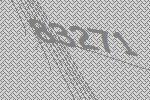
83271